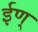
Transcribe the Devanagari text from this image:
ईण्